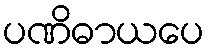
ပဏိဓာယပေ